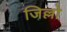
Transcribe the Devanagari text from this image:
जिल्लो